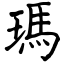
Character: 瑪